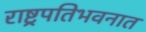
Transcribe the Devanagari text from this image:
राष्ट्रपतिभवनात